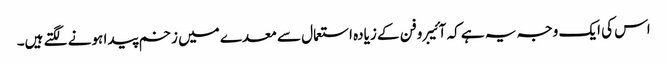
اس کی ایک وجہ یہ ہے کہ آئیبروفن کے زیادہ استعمال سے معدے میں زخم پیدا ہونے لگتے ہیں۔